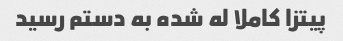
پیتزا کاملا له شده به دستم رسید